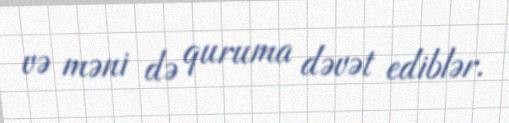
və məni də quruma dəvət ediblər.